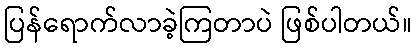
ပြန်ရောက်လာခဲ့ကြတာပဲ ဖြစ်ပါတယ်။